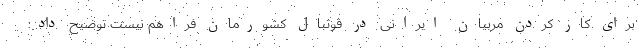
برای کار کردن مربیان ایرانی در فوتبال کشورمان فراهم نیست توضیح داد: